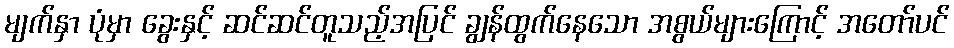
မျက်နှာ ပုံမှာ ခွေးနှင့် ဆင်ဆင်တူသည့်အပြင် ချွန်ထွက်နေသော အစွယ်များကြောင့် အတော်ပင်